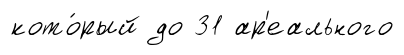
кото́рый до 31 ар'еального